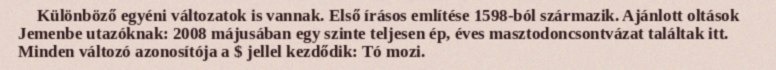
Különböző egyéni változatok is vannak. Első írásos említése 1598-ból származik. Ajánlott oltások Jemenbe utazóknak: 2008 májusában egy szinte teljesen ép, éves masztodoncsontvázat találtak itt. Minden változó azonosítója a $ jellel kezdődik: Tó mozi.